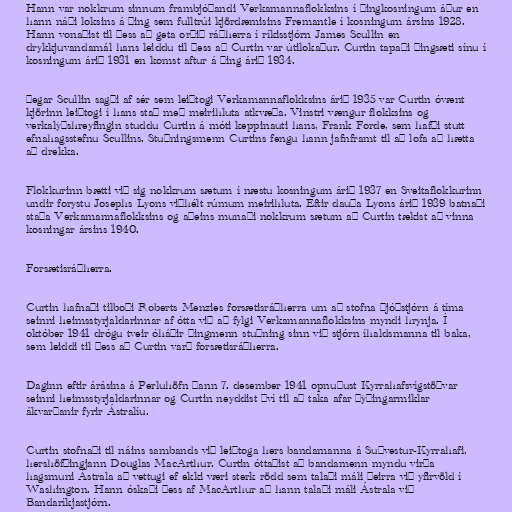
Hann var nokkrum sinnum frambjóðandi Verkamannaflokksins í þingkosningum áður en
hann náði loksins á þing sem fulltrúi kjördæmisins Fremantle í kosningum ársins 1928.
Hann vonaðist til þess að geta orðið ráðherra í ríkisstjórn James Scullin en
drykkjuvandamál hans leiddu til þess að Curtin var útilokaður. Curtin tapaði þingsæti sínu í
kosningum árið 1931 en komst aftur á þing árið 1934.

Þegar Scullin sagði af sér sem leiðtogi Verkamannaflokksins árið 1935 var Curtin óvænt
kjörinn leiðtogi í hans stað með meirihluta atkvæða. Vinstri vængur flokksins og
verkalýðshreyfingin studdu Curtin á móti keppinauti hans, Frank Forde, sem hafði stutt
efnahagsstefnu Scullins. Stuðningsmenn Curtins fengu hann jafnframt til að lofa að hætta
að drekka.

Flokkurinn bætti við sig nokkrum sætum í næstu kosningum árið 1937 en Sveitaflokkurinn
undir forystu Josephs Lyons viðhélt rúmum meirihluta. Eftir dauða Lyons árið 1939 batnaði
staða Verkamannaflokksins og aðeins munaði nokkrum sætum að Curtin tækist að vinna
kosningar ársins 1940.

Forsætisráðherra.

Curtin hafnaði tilboði Roberts Menzies forsætisráðherra um að stofna þjóðstjórn á tíma
seinni heimsstyrjaldarinnar af ótta við að fylgi Verkamannaflokksins myndi hrynja. Í
október 1941 drógu tveir óháðir þingmenn stuðning sinn við stjórn íhaldsmanna til baka,
sem leiddi til þess að Curtin varð forsætisráðherra.

Daginn eftir árásina á Perluhöfn þann 7. desember 1941 opnuðust Kyrrahafsvígstöðvar
seinni heimsstyrjaldarinnar og Curtin neyddist því til að taka afar þýðingarmiklar
ákvarðanir fyrir Ástralíu.

Curtin stofnaði til náins sambands við leiðtoga hers bandamanna á Suðvestur-Kyrrahafi,
hershöfðingjann Douglas MacArthur. Curtin óttaðist að bandamenn myndu virða
hagsmuni Ástrala að vettugi ef ekki væri sterk rödd sem talaði máli þeirra við yfirvöld í
Washington. Hann óskaði þess af MacArthur að hann talaði máli Ástrala við
Bandaríkjastjórn.